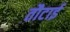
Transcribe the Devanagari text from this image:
तौटाई